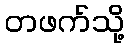
တဖက်သို့